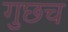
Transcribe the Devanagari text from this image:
गुछच